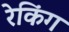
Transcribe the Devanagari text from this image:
रेकिंग